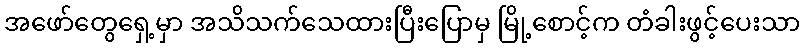
အဖော်တွေရှေ့မှာ အသိသက်သေထားပြီးပြောမှ မြို့စောင့်က တံခါးဖွင့်ပေးသာ